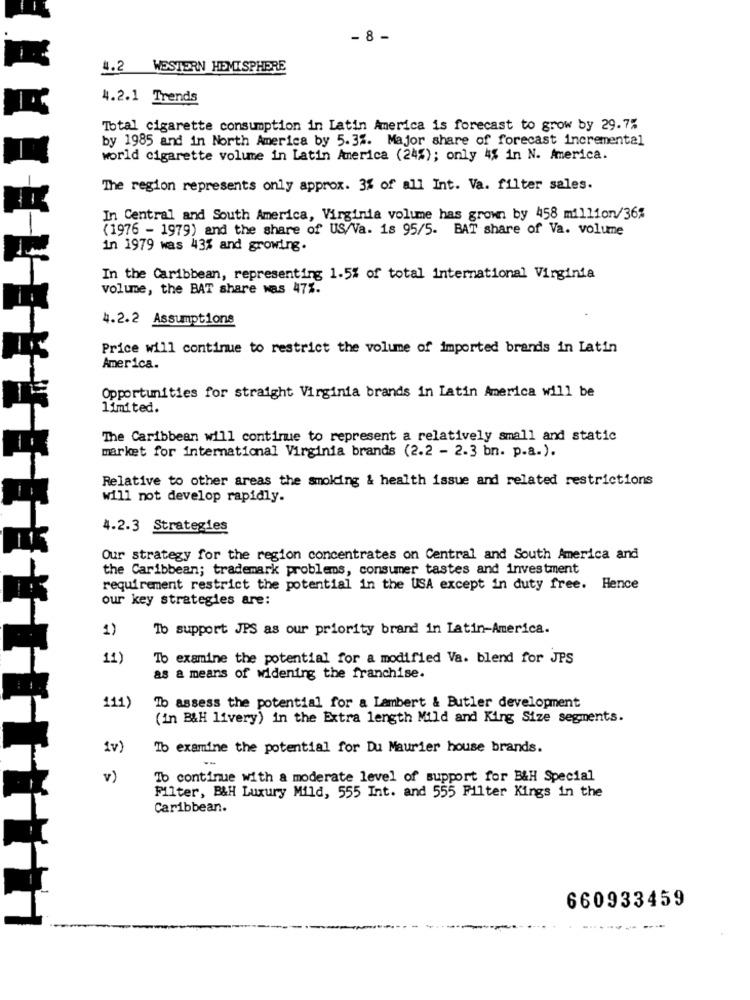
- 8 -
4.2 WESTERN HEMISPHERE
4.2.1 Trends
Total cigarette consumption in Latin America is forecast to grow by 29.7%
by 1985 and in North America by 5.3%. Major share of forecast incremental
world cigarette volume in Latin America (24%); only 4% in N. America.
The region represents only approx. 3% of all Int. Va. filter sales.
In Central and South America, Virginia volume has grown by 458 million/36%
(1976 - 1979) and the share of US/Va. 18 95/5. BAT share of Va. volume
in 1979 was 43% and growing.
In the Caribbean, representing 1.5% of total international Virginia
volume, the BAT share was 47%.
4.2.2 Assumptions
Price will continue to restrict the volume of imported brands in Latin
America.
Opportunities for straight Virginia brands in Latin America will be
limited.
The Caribbean will continue to represent a relatively small and static
market for international Virginia brands (2.2 - 2-3 bn. p.a.).
Relative to other areas the smoking & health issue and related restrictions
will not develop rapidly.
4.2.3 Strategies
Our strategy for the region concentrates on Central and South America and
the Caribbean; trademark problems, consumer tastes and investment
requirement restrict the potential in the USA except in duty free. Hence
our key strategies are:
1)
To support JPS as our priority brand in Latin-America.
To examine the potential for a modified Va. blend for JPS
as a means of widening the franchise.
111)
To assess the potential for a Lambert & Butler development
(in B&H livery) in the Extra length Mild and King Size segments.
Av
Tb examine the potential for Du Maurier house brands.
v)
Tb continue with a moderate level of support for B&H Special
Filter, B&H Luxury Mild, 555 Int. and 555 Filter Kings in the
Caribbean.
660933459